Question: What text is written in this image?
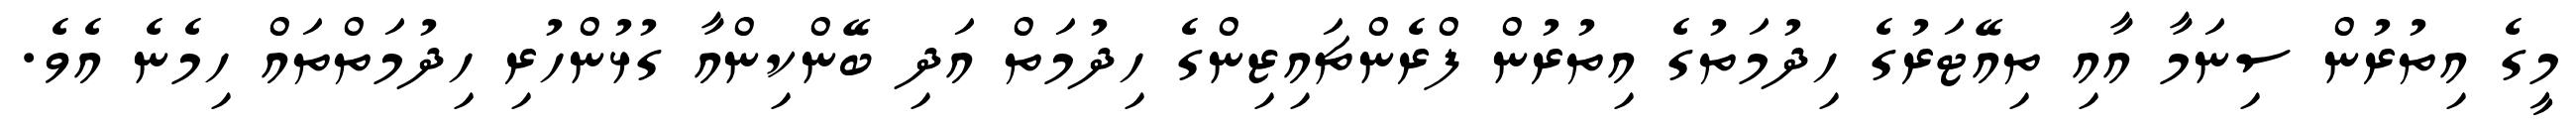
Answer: މީގެ އިތުރުން ސިނަމާ އާއި ތިއޭޓަރުގެ ހިދުމަތުގެ އިތުރުން ފްރެންޗައިޒިންގެ ހިދުމަތް އަދި ބޭންކިންއާ ގުޅުންހުރި ހިދުމަތްތައް ހިމެނެ އެވެ.